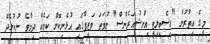
މީގެ އިތުރުން "ޑިސެބިލިޓީ އިންޝުއަރެންސް" ނުވަތަ ވަޒީފާގައި އުޅެނިކޮށް ކަމެއް ދިމާވެ ނުކުޅެދޭ